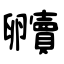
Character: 贕